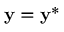
\mathbf { y } = \mathbf { y } ^ { * }